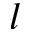
l